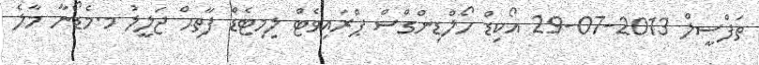
ތަފްސީލް 2013-07-29 އޯކިޑް ހޯލްޑިންގްސް ޕްރައިވެޓް ލިމިޓެޑް ފާތިޙް ޖަލީލު މ.މެޑޯނާ މާލެ